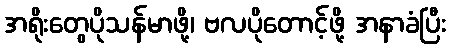
အရိုးတွေပိုသန်မာဖို့၊ ဗလပိုတောင့်ဖို့ အနာခံပြီး